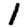
Digit: 1